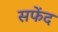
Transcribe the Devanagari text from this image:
सफेंद